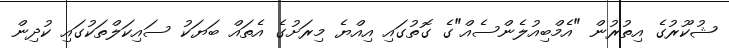
ޝުކޫރުގެ އިތުރުން "އެމްބިއުލެންސެއް"ގެ ގޮތުގައި އިއްޔެ މިރަށުގެ އެތައް ބަޔަކު ސައިކަލްތަކުގައި ކުދިން